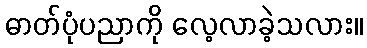
ဓာတ်ပုံပညာကို လေ့လာခဲ့သလား။